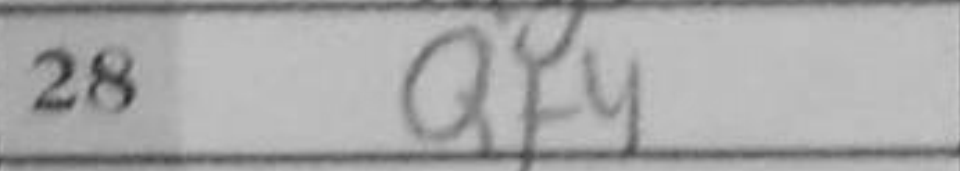
Transcription: Qf4